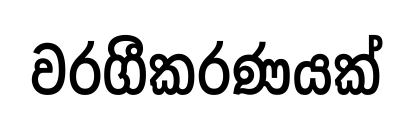
වරගීකරණයක්